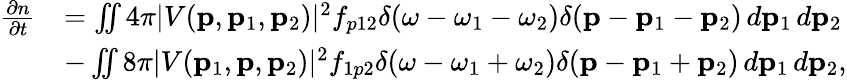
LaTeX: \begin{array}{rl}{\frac{\partial n}{\partial t}}&{=\iint 4\pi|V(\mathbf{p},\mathbf{p}_{1},\mathbf{p}_{2})|^{2}f_{p12}\delta(\omega-\omega_{1}-\omega_{2})\delta(\mathbf{p}-\mathbf{p}_{1}-\mathbf{p}_{2})\, d\mathbf{p}_{1}\, d\mathbf{p}_{2}}\\ &{-\iint 8\pi|V(\mathbf{p}_{1},\mathbf{p},\mathbf{p}_{2})|^{2}f_{1p2}\delta(\omega-\omega_{1}+\omega_{2})\delta(\mathbf{p}-\mathbf{p}_{1}+\mathbf{p}_{2})\, d\mathbf{p}_{1}\, d\mathbf{p}_{2},}\end{array}